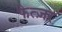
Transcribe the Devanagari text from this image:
फेत्ज़र